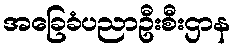
အခြေခံပညာဦးစီးဌာန